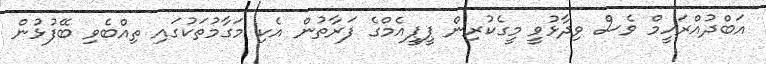
އަބްދުއްރަހީމް ވެސް ވިދާޅުވީ މީގެކުރިން ޕީޕީއެމްގެ ފަރާތުން އެކި މަގާމުތަކުގައި ތިއްބެވި ބޭފުޅުން